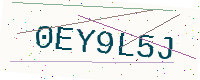
Text: 0EY9L5J